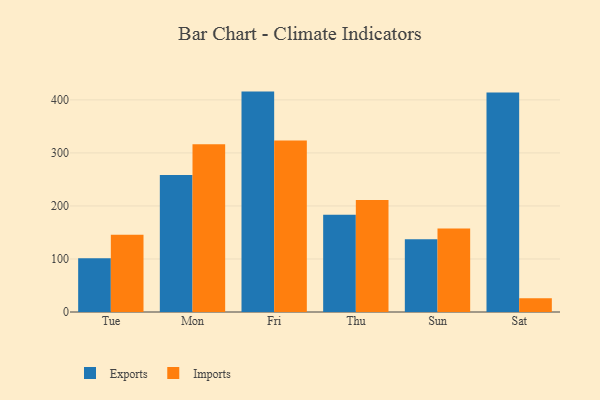
{"axis": {"x": "Day", "y": "Inventory Turnover"}, "legend": ["Exports", "Imports"], "data": [{"x": "Tue", "y": 101.4, "type": "Exports"}, {"x": "Tue", "y": 145.6, "type": "Imports"}, {"x": "Mon", "y": 258.3, "type": "Exports"}, {"x": "Mon", "y": 316.4, "type": "Imports"}, {"x": "Fri", "y": 415.6, "type": "Exports"}, {"x": "Fri", "y": 323.6, "type": "Imports"}, {"x": "Thu", "y": 183.6, "type": "Exports"}, {"x": "Thu", "y": 211.2, "type": "Imports"}, {"x": "Sun", "y": 137.0, "type": "Exports"}, {"x": "Sun", "y": 157.5, "type": "Imports"}, {"x": "Sat", "y": 413.7, "type": "Exports"}, {"x": "Sat", "y": 26.0, "type": "Imports"}]}